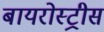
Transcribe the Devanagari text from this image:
बायरोस्ट्रीस